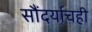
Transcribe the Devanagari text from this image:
सौंदर्याचही